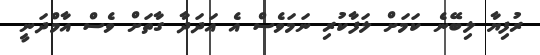
ރުފިޔާ ލިބޭނެ ކަމަށް ލަފާކުރި ނަމަވެސް އެ އަދަދާ ގާތަށް ވެސް އާމްދަނީ